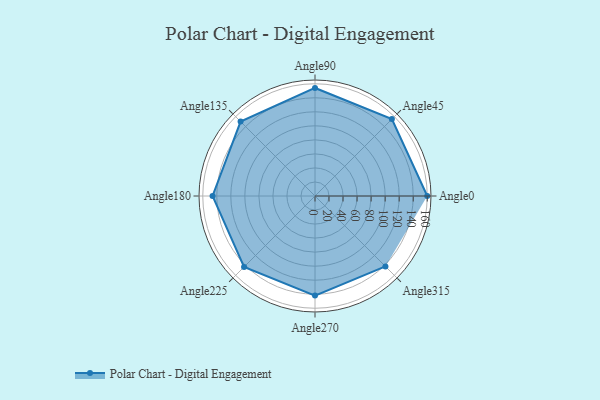
{"axis": {"x": "Angle", "y": "Radius"}, "legend": [""], "data": [{"x": "Angle0", "y": 160.0, "type": ""}, {"x": "Angle45", "y": 155.0, "type": ""}, {"x": "Angle90", "y": 154.0, "type": ""}, {"x": "Angle135", "y": 150.0, "type": ""}, {"x": "Angle180", "y": 146.0, "type": ""}, {"x": "Angle225", "y": 143.0, "type": ""}, {"x": "Angle270", "y": 142.0, "type": ""}, {"x": "Angle315", "y": 142.0, "type": ""}]}